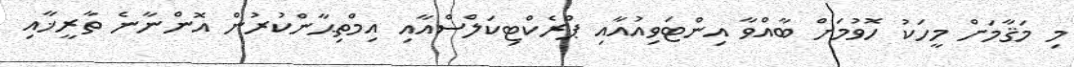
މި މަޤާމަށް މީހަކު ހޮވުމަށް ބާއްވާ އިންޓަވިއުއާއި ޕްރެކްޓިކަލްސްއާއި އިމްތިޙާންކުރުން އޮންނާނެ ތާރީޚާއި